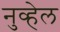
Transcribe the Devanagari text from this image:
नुव्हेल